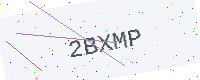
Text: 2BXMP